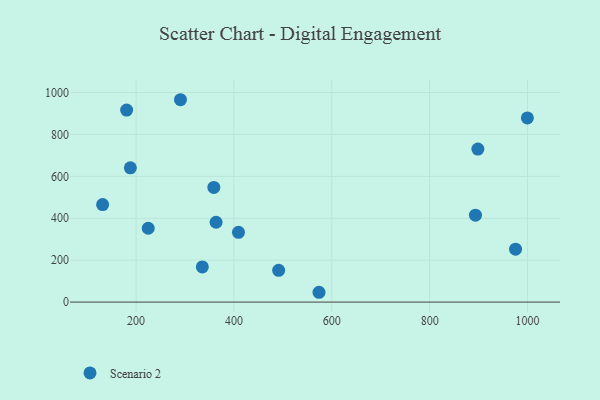
{"axis": {"x": "Investment", "y": "Profit"}, "legend": ["Scenario 2"], "data": [{"x": "224.8", "y": 352.4, "type": "Scenario 2"}, {"x": "131.6", "y": 465.5, "type": "Scenario 2"}, {"x": "409.3", "y": 332.8, "type": "Scenario 2"}, {"x": "188.3", "y": 640.8, "type": "Scenario 2"}, {"x": "491.4", "y": 151.4, "type": "Scenario 2"}, {"x": "290.7", "y": 965.8, "type": "Scenario 2"}, {"x": "335.4", "y": 168.0, "type": "Scenario 2"}, {"x": "363.5", "y": 381.0, "type": "Scenario 2"}, {"x": "898.6", "y": 730.3, "type": "Scenario 2"}, {"x": "893.7", "y": 415.0, "type": "Scenario 2"}, {"x": "573.9", "y": 46.8, "type": "Scenario 2"}, {"x": "358.9", "y": 547.1, "type": "Scenario 2"}, {"x": "180.7", "y": 916.6, "type": "Scenario 2"}, {"x": "975.6", "y": 252.7, "type": "Scenario 2"}, {"x": "999.8", "y": 878.7, "type": "Scenario 2"}]}